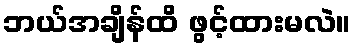
ဘယ်အချိန်ထိ ဖွင့်ထားမလဲ။